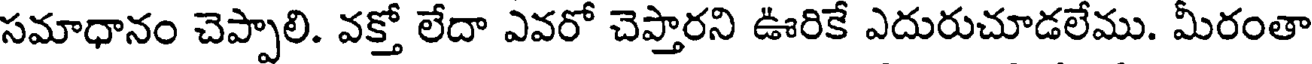
సమాధానం చెప్పాలి. వక్తో లేదా ఎవరో చెప్తారని ఊరికే ఎదురుచూడలేము. మీరంతా